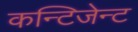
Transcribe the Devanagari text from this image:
कन्टिजेन्ट